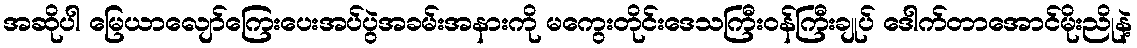
အဆိုပါ မြေယာလျော်ကြေးပေးအပ်ပွဲအခမ်းအနားကို မကွေးတိုင်းဒေသကြီးဝန်ကြီးချုပ် ဒေါက်တာအောင်မိုးညိုနဲ့